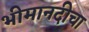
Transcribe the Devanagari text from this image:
भीमानदीचा